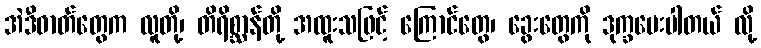
အဲဒီဓာတ်တွေက လူတို့၊ တိရိစ္ဆာန်တို့ အထူးသဖြင့် ကြောင်တွေ၊ ခွေးတွေကို ဒုက္ခပေးပါတယ် လို့